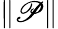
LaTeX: \| \mathscr{P}\|